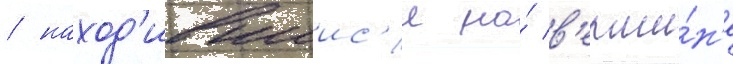
/ наход'ившиис'я на́ в'ерши́н'е